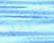
تخبري